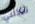
تخذلني